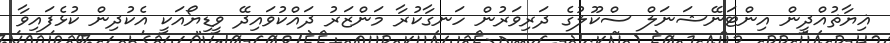
ޣިޔާޡުއްދީން އިންޓަނޭޝަނަލް ސްކޫލުގެ ދަރިވަރުން ހަނގާކުރާ މަންޒަރު ދައްކުވައިދޭ ވީޑިޔޯއަކީ އެކުދިން ކުޅެފައިވާ